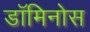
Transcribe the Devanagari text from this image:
डॉमिनोस